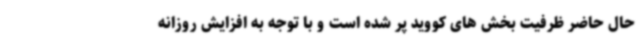
حال حاضر ظرفیت بخش های کووید پر شده است و با توجه به افزایش روزانه